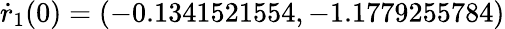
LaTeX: \dot{r}_{1}(0)=(-0.1341521554,-1.1779255784)